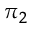
\pi _ { 2 }